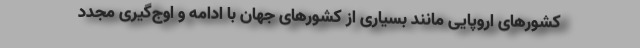
کشورهای اروپایی مانند بسیاری از کشورهای جهان با ادامه و اوج‌گیری مجدد